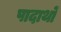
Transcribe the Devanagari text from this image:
पादार्थों